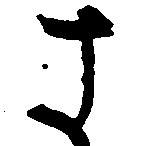
さ